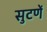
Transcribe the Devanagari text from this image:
सुटणें